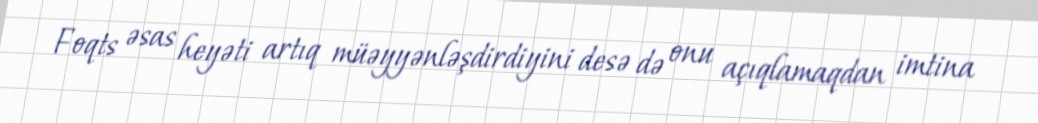
Foqts əsas heyəti artıq müəyyənləşdirdiyini desə də onu açıqlamaqdan imtina